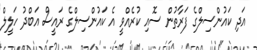
އަދި ކައުންސިލްގެ ފަރާތުން ސޮއި ކުރެއްވީ އެ ކައުންސިލްގެ ރައީސް އަބްދު ހަލީލް